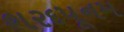
શરદપૂનમ